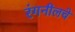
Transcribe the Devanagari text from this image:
रंगनीलचे